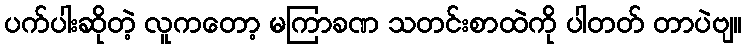
ပက်ပါးဆိုတဲ့ လူကတော့ မကြာခဏ သတင်းစာထဲကို ပါတတ် တာပဲဗျ။